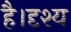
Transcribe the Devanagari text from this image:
है।दृश्य